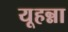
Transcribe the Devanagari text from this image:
यूहन्ना